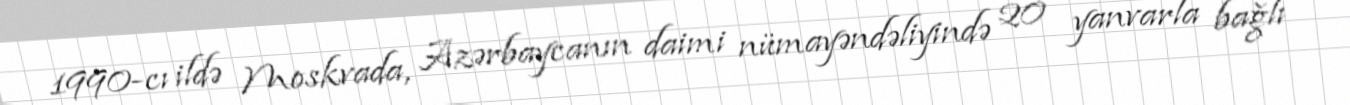
1990-cı ildə Moskvada, Azərbaycanın daimi nümayəndəliyində 20 yanvarla bağlı